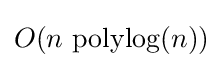
O(n~\mathrm {polylog} (n))